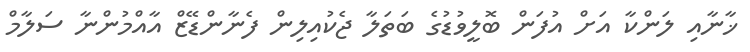
ޚާނާއި ލަންކާ އަށް އުފަން ބޮލީވުޑުގެ ބަތަލާ ޖެކުއިލިން ފެނާންޑޭޒް އާއްމުންނާ ސަލާމް